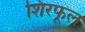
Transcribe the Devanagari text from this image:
शिरफूल